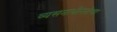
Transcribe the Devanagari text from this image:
व्यसनाधीनतेचा